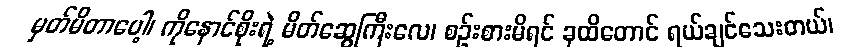
မှတ်မိတာပေါ့၊ ကိုနောင်စိုးရဲ့ မိတ်ဆွေကြီးလေ၊ စဉ်းစားမိရင် ခုထိတောင် ရယ်ချင်သေးတယ်၊